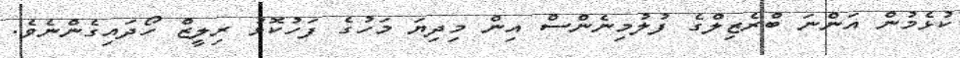
ކުޅެމުން އަންނަ ބްރެޒިލްގެ ފުލުމިނެންސް އިން މިދިޔަ މަހުގެ ފަހުކޮޅު ރިލީޒް ހޯދައިގެންނެވެ.